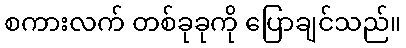
စကားလက် တစ်ခုခုကို ပြောချင်သည်။